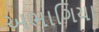
અભાગિયા